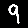
Digit: 9